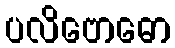
ပလိဗောဓော